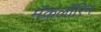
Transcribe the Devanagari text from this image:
मॅकलॉरिन